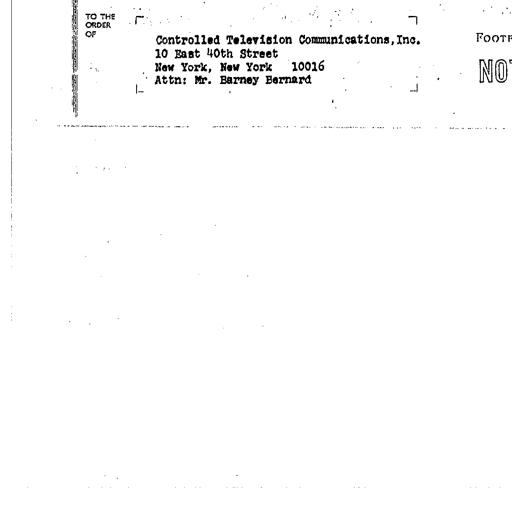
TO THE ORDER OF
Controlled Television Communications, Inc.
10 East 40th Street
New York, New York 10016
Attn: Mr. Barney Bernard